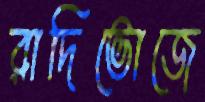
রাদিভোজে